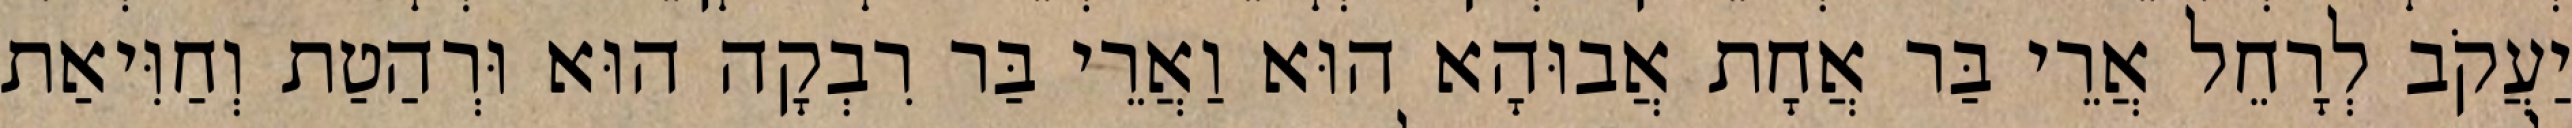
יַעֲקֹב לְרָחֵל אֲרֵי בַּר אֲחָת אֲבוּהָא הוּא וַאֲרֵי בַּר רִבְקָה הוּא וּרְהַטַת וְחַוִּיאַת